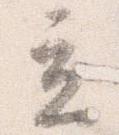
立